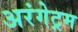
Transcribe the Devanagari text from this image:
अरंगेट्रम